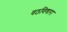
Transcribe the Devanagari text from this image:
वठविणारा